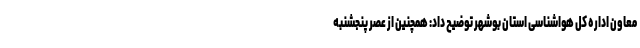
معاون اداره کل هواشناسی استان بوشهر توضیح داد: همچنین از عصر پنجشنبه